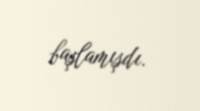
başlamışdı.